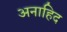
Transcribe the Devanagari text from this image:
अनाहिद